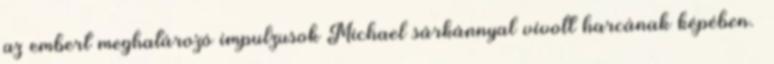
az embert meghatározó impulzusok Michael sárkánnyal vívott harcának képében.